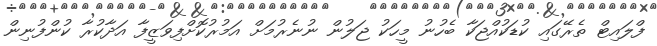
ފްލައިޓް ތެރޭގައި ކުޑަކުއްޖަކާ ބެހުނު މީހަކު ޖަލުން ނުނެރުމަށް އަމުރުކޮށްފިވަޒީފާ އަދާކުރާ ކުންފުނިން